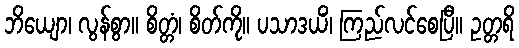
ဘိယျော၊ လွန်စွာ။ စိတ္တံ၊ စိတ်ကို။ ပသာဒယိံ၊ ကြည်လင်စေပြီ။ ဥတ္တရိ